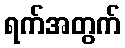
ရက်အတွက်